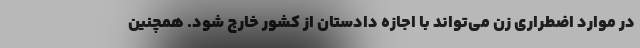
در موارد اضطراری زن می‌تواند با اجازه دادستان از کشور خارج شود. همچنین